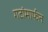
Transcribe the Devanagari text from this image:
गटांमार्फत